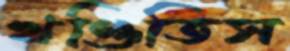
খণ্ডিতিস